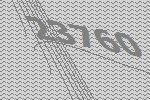
23760